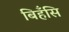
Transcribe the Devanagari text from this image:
बिहँसि